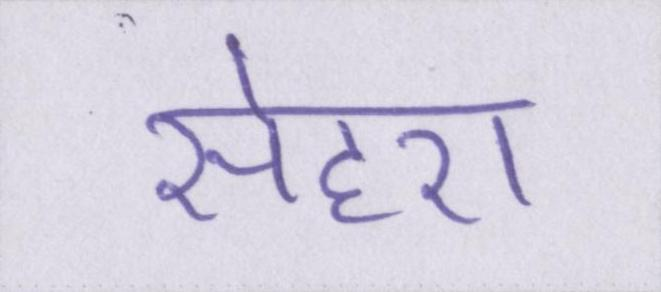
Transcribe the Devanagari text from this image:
सेहरा